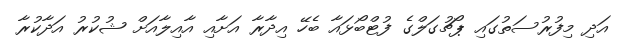
އަދި މިފުރުސަތުގައި ޕޯޗުގަލްގެ ފުޓްބޯޅައާ ބެހޭ އިދާރާ އަށާއި އާއިލާއަށް ޝުކުރު އަދާކުރާ